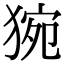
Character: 𤟊